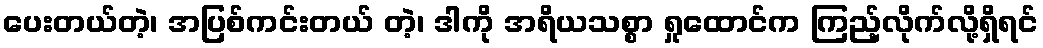
ပေးတယ်တဲ့၊ အပြစ်ကင်းတယ် တဲ့၊ ဒါကို အရိယသစ္စာ ရှုထောင်က ကြည့်လိုက်လို့ရှိရင်